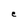
Character: e